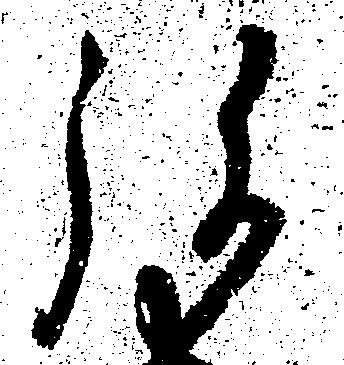
弥